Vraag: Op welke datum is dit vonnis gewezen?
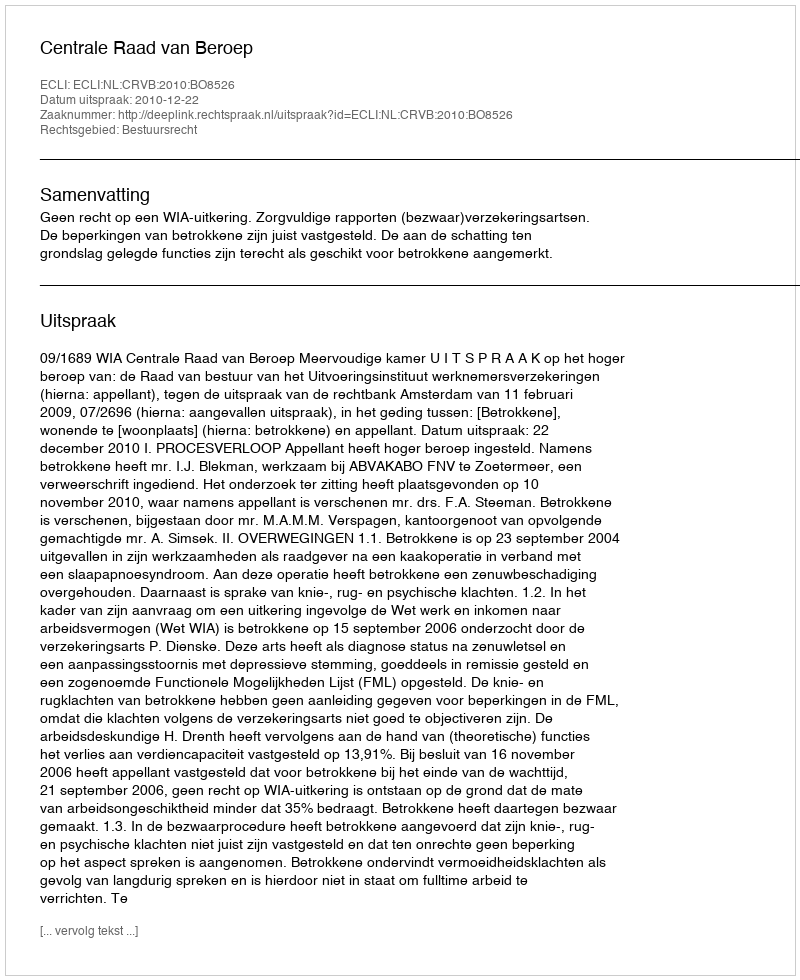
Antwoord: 2010-12-22